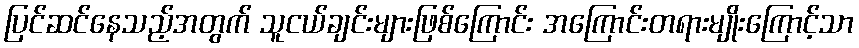
ပြင်ဆင်နေသည့်အတွက် သူငယ်ချင်းများဖြစ်ကြောင်း အကြောင်းတရားမျိုးကြောင့်သာ